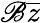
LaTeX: \mathscr{B}{\overline{{{z}}}}